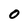
Character: 0